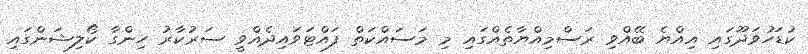
ކުޑަހުވަދޫގައި އިއްޔެ ބޭއްވި ރަސްމިއްޔާތެއްގައި މި މަސައްކަތް ފައްޓަވައިދެއްވީ ސަރުކާރު ހިންގާ ކޯލިޝަންގައި